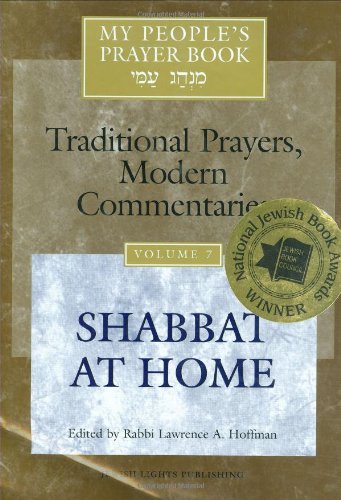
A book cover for My People's Prayer Book, Vol. 7: Traditional Prayers, Modern Commentaries---Shabbat at Home; Rabbi Lawrence A. Hoffman; Religion & Spirituality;